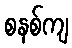
စနစ်ကျ